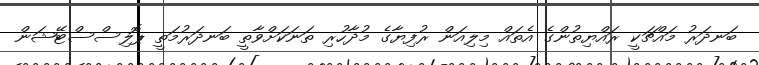
ބަނދަރު މައްޗަކީ ރައްޔިތުންގެ އެތައް މިލިއަން ރުފިޔާގެ މުދާހުރި ތަނަކަށްވާތީ ބަނދަރުމަތީ ޕޮލިސްސްޓޭޝަން